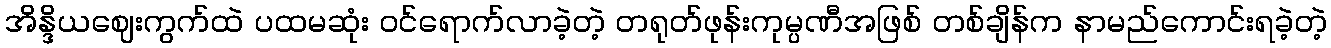
အိန္ဒိယဈေးကွက်ထဲ ပထမဆုံး ဝင်ရောက်လာခဲ့တဲ့ တရုတ်ဖုန်းကုမ္ပဏီအဖြစ် တစ်ချိန်က နာမည်ကောင်းရခဲ့တဲ့